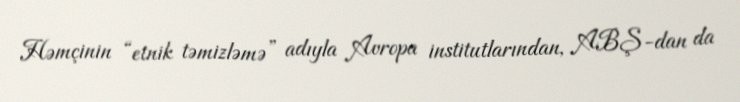
Həmçinin “etnik təmizləmə” adıyla Avropa institutlarından, ABŞ-dan da